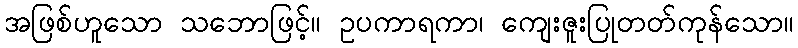
အဖြစ်ဟူသော သဘောဖြင့်။ ဥပကာရကာ၊ ကျေးဇူးပြုတတ်ကုန်သော။